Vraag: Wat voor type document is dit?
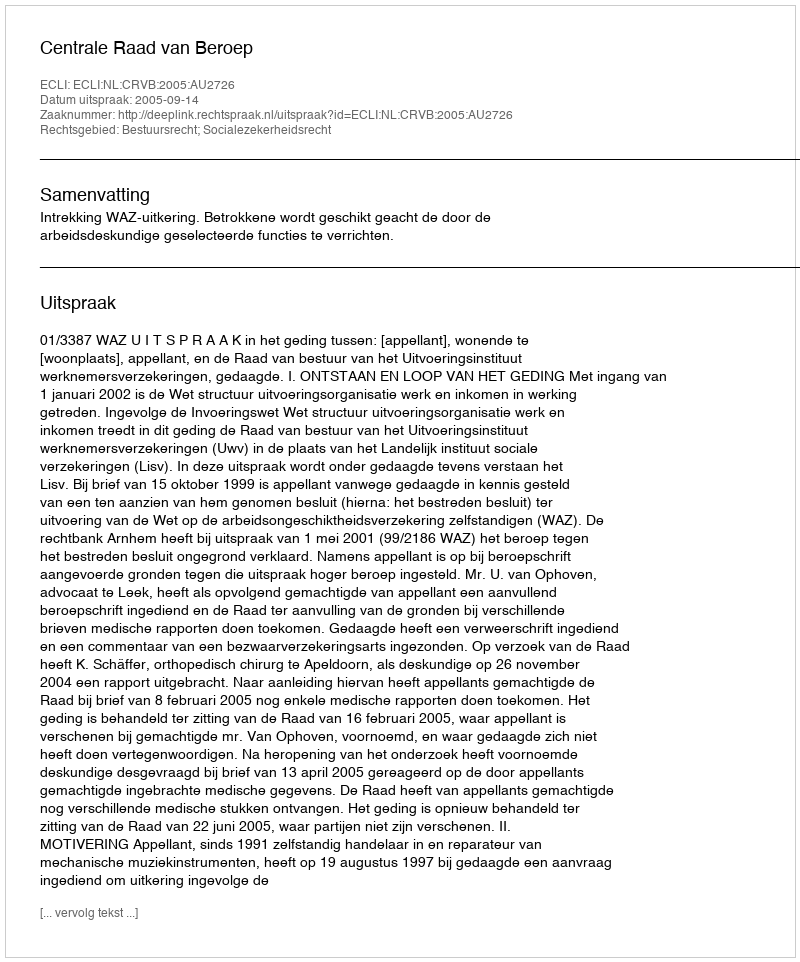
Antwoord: Uitspraak